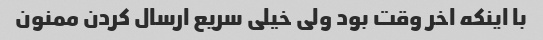
با اینکه اخر وقت بود ولی خیلی سریع ارسال کردن ممنون